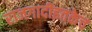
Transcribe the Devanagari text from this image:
राजगादीइतकेच